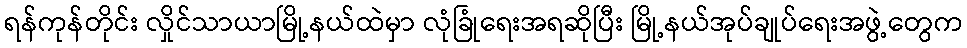
ရန်ကုန်တိုင်း လှိုင်သာယာမြို့နယ်ထဲမှာ လုံခြုံရေးအရဆိုပြီး မြို့နယ်အုပ်ချုပ်ရေးအဖွဲ့တွေက